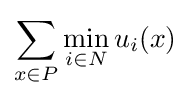
\sum _{x\in P}\min _{i\in N}u_{i}(x)